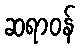
ဆရာဝန်